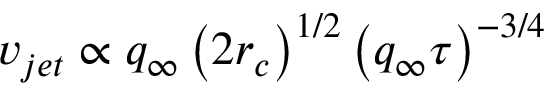
v _ { j e t } \propto q _ { \infty } \left( 2 r _ { c } \right) ^ { 1 / 2 } \left( q _ { \infty } \tau \right) ^ { - 3 / 4 }